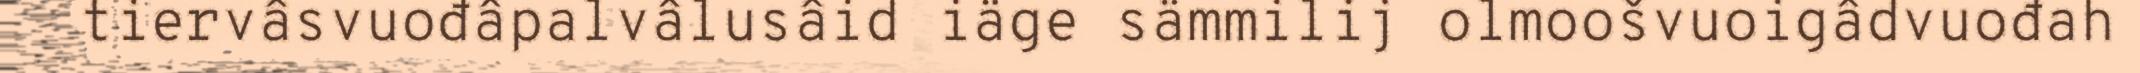
tiervâsvuođâpalvâlusâid iäge sämmilij olmoošvuoigâdvuođah